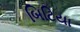
બિટિયા